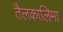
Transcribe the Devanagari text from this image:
तैलकालिमा